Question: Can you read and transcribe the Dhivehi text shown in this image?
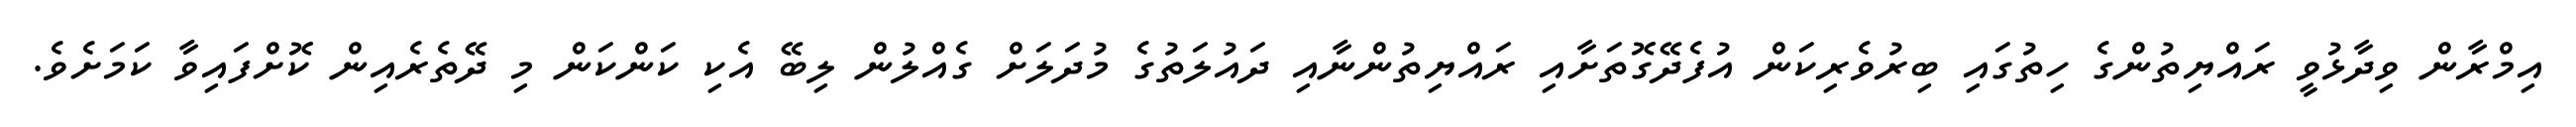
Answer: އިމްރާން ވިދާޅުވީ ރައްޔިތުންގެ ހިތުގައި ބިރުވެރިކަން އުފެދޭގޮތަށާއި ރައްޔިތުންނާއި ދައުލަތުގެ މުދަލަށް ގެއްލުން ލިބޭ އެކި ކަންކަން މި ދޭތެރެއިން ކޮށްފައިވާ ކަމަށެވެ.